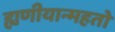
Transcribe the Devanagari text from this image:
ह्यणीयान्महतो